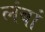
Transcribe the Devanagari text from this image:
लंबां